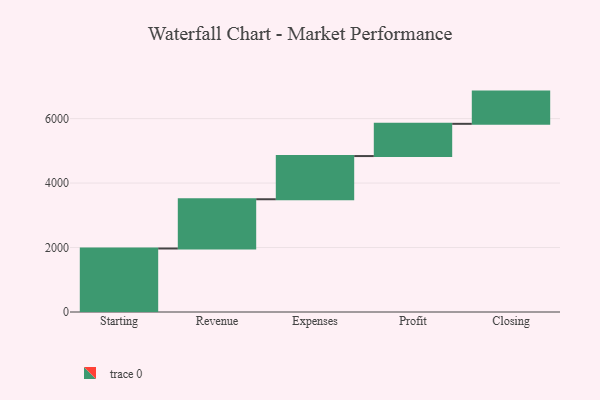
{"axis": {"x": "Step", "y": "Value"}, "legend": [""], "data": [{"x": "Starting", "y": 1970.0, "type": ""}, {"x": "Revenue", "y": 1528.0, "type": ""}, {"x": "Expenses", "y": 1340.0, "type": ""}, {"x": "Profit", "y": 1000, "type": ""}, {"x": "Closing", "y": 1000, "type": ""}]}